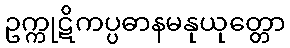
ဥက္ကုဋိကပ္ပဓာနမနုယုတ္တော